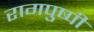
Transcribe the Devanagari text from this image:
रागपुष्पी